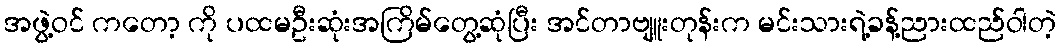
အဖွဲ့ဝင် ကတော့ ကို ပထမဦးဆုံးအကြိမ်တွေ့ဆုံပြီး အင်တာဗျူးတုန်းက မင်းသားရဲ့ခန့်ညားထည်ဝါတဲ့